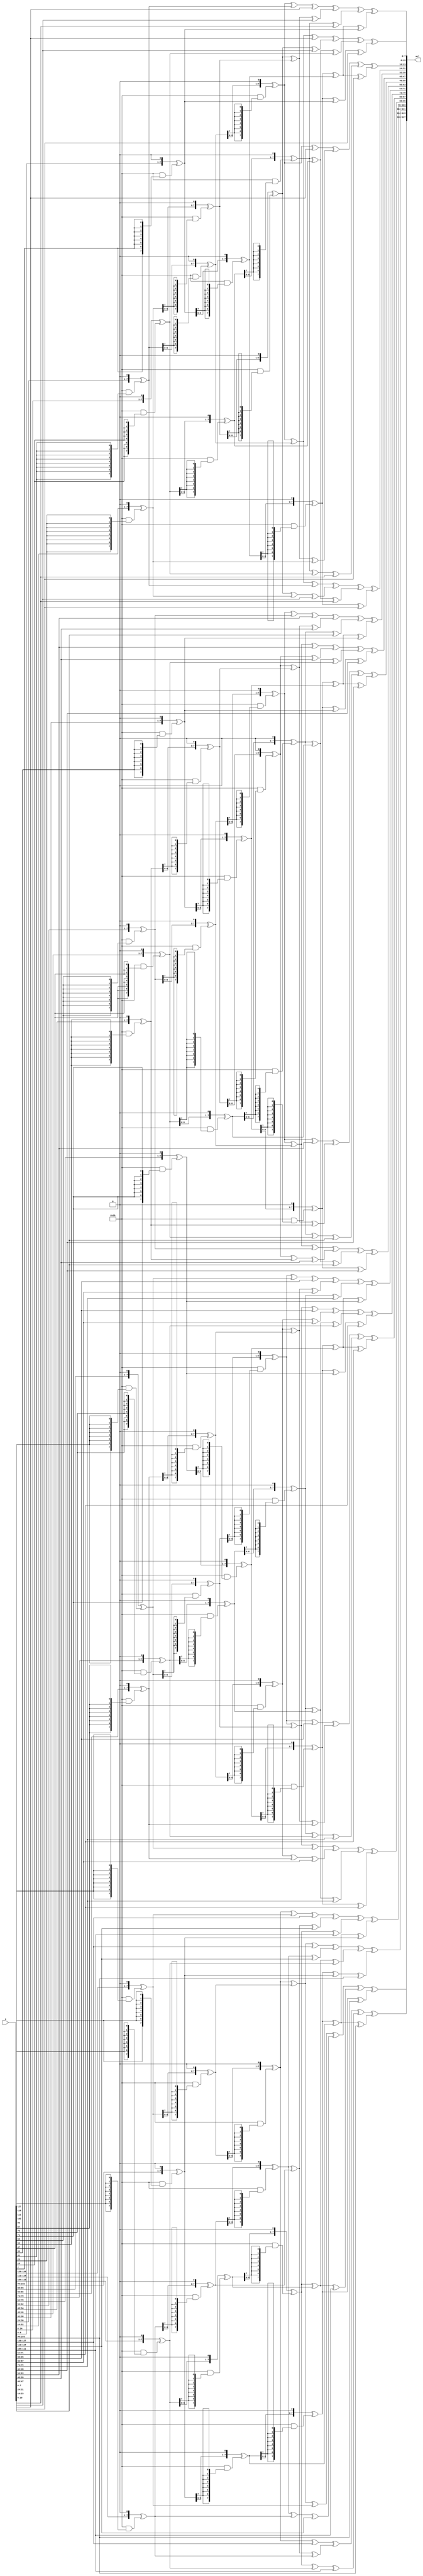
`timescale 1ns / 1ps

module InvMixCol(
    input [127:0] a,
    output [127:0] mcl
);


assign mcl = inv_mixcolumns(a);



function [7 : 0] gm2(input [7 : 0] op);
    begin
      gm2 = {op[6 : 0], 1'b0} ^ (8'h1b & {8{op[7]}});
    end
  endfunction // gm2

  function [7 : 0] gm3(input [7 : 0] op);
    begin
      gm3 = gm2(op) ^ op;
    end
  endfunction // gm3

  function [7 : 0] gm4(input [7 : 0] op);
    begin
      gm4 = gm2(gm2(op));
    end
  endfunction // gm4

  function [7 : 0] gm8(input [7 : 0] op);
    begin
      gm8 = gm2(gm4(op));
    end
  endfunction // gm8

  function [7 : 0] gm09(input [7 : 0] op);
    begin
      gm09 = gm8(op) ^ op;
    end
  endfunction // gm09

  function [7 : 0] gm11(input [7 : 0] op);
    begin
      gm11 = gm8(op) ^ gm2(op) ^ op;
    end
  endfunction // gm11

  function [7 : 0] gm13(input [7 : 0] op);
    begin
      gm13 = gm8(op) ^ gm4(op) ^ op;
    end
  endfunction // gm13

  function [7 : 0] gm14(input [7 : 0] op);
    begin
      gm14 = gm8(op) ^ gm4(op) ^ gm2(op);
    end
  endfunction // gm14

  function [31 : 0] inv_mixw(input [31 : 0] w);
    reg [7 : 0] b0, b1, b2, b3;
    reg [7 : 0] mb0, mb1, mb2, mb3;
    begin
      b0 = w[31 : 24];
      b1 = w[23 : 16];
      b2 = w[15 : 08];
      b3 = w[07 : 00];

      mb0 = gm14(b0) ^ gm11(b1) ^ gm13(b2) ^ gm09(b3);
      mb1 = gm09(b0) ^ gm14(b1) ^ gm11(b2) ^ gm13(b3);
      mb2 = gm13(b0) ^ gm09(b1) ^ gm14(b2) ^ gm11(b3);
      mb3 = gm11(b0) ^ gm13(b1) ^ gm09(b2) ^ gm14(b3);

      inv_mixw = {mb0, mb1, mb2, mb3};
    end
  endfunction // mixw

  function [127 : 0] inv_mixcolumns(input [127 : 0] data);
    reg [31 : 0] w0, w1, w2, w3;
    reg [31 : 0] ws0, ws1, ws2, ws3;
    begin
      w0 = data[127 : 096];
      w1 = data[095 : 064];
      w2 = data[063 : 032];
      w3 = data[031 : 000];

      ws0 = inv_mixw(w0);
      ws1 = inv_mixw(w1);
      ws2 = inv_mixw(w2);
      ws3 = inv_mixw(w3);

      inv_mixcolumns = {ws0, ws1, ws2, ws3};
    end
  endfunction // inv_mixcolumns

endmodule